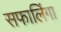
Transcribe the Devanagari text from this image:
सफालिंगा